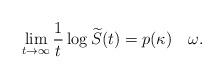
LaTeX: \begin{align*}\lim_{t\to\infty} \frac{1}{t}\log \widetilde S(t)=p(\kappa)\quad\omega.\end{align*}